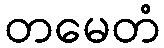
တမေတံ